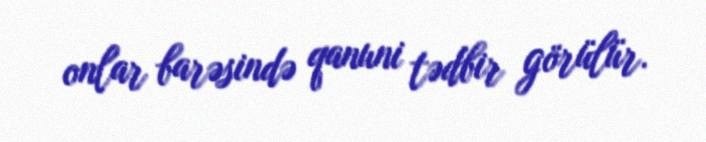
onlar barəsində qanuni tədbir görülür.